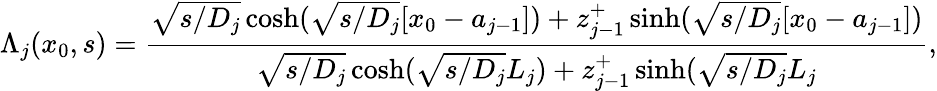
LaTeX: \Lambda_{j}(x_{0},s)=\frac{\sqrt{s/D_{j}}\cosh(\sqrt{s/D_{j}}[x_{0}-a_{j-1}])+z_{j-1}^{+}\sinh(\sqrt{s/D_{j}}[x_{0}-a_{j-1}])}{\sqrt{s/D_{j}}\cosh(\sqrt{s/D_{j}}L_{j})+z_{j-1}^{+}\sinh(\sqrt{s/D_{j}}L_{j}},